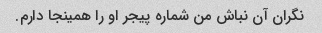
نگران آن نباش من شماره پیجر او را همینجا دارم.